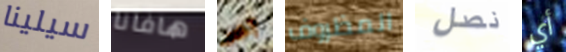
سيلينا هافانا آخر المظروف نصل أي